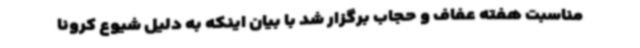
مناسبت هفته عفاف و حجاب برگزار شد با بیان اینکه به دلیل شیوع کرونا